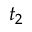
t _ { 2 }